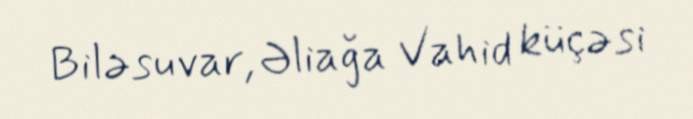
Biləsuvar, Əliağa Vahid küçəsi